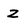
Character: Z